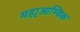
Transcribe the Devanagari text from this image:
महा्आण्विक